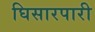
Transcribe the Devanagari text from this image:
घिसारपारी